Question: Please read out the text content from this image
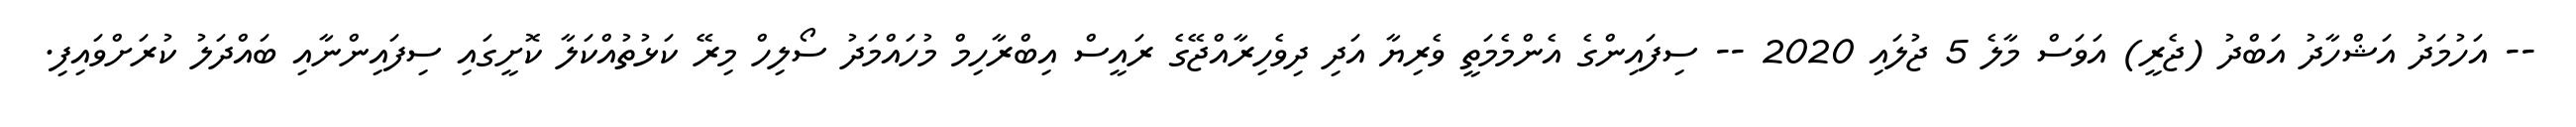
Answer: -- އަހުމަދު އަޝްހާދު އަބްދު (ޖެރީ) އަވަސް މާލެ 5 ޖުލައި 2020 -- ސިފައިންގެ އެންމެމަތީ ވެރިޔާ އަދި ދިވެހިރާއްޖޭގެ ރައީސް އިބްރާހިމް މުހައްމަދު ސޯލިހް މިރޭ ކަޅުތުއްކަލާ ކޮށީގައި ސިފައިންނާއި ބައްދަލު ކުރަށްވައިފި.